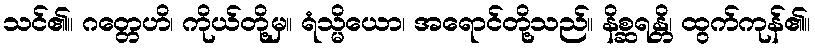
သင်၏။ ဂတ္တေဟိ၊ ကိုယ်တို့မှ။ ရံသ္မိယော၊ အရောင်တို့သည်။ နိစ္ဆရန္တိ၊ ထွက်ကုန်၏။